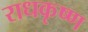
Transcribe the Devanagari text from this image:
राधकृष्ण